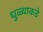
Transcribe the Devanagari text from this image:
धुळ्याकडे